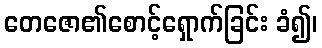
တေဇော၏စောင့်ရှောက်ခြင်း ခံ၍၊